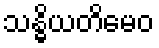
သန္ဓိယတိမေဝ